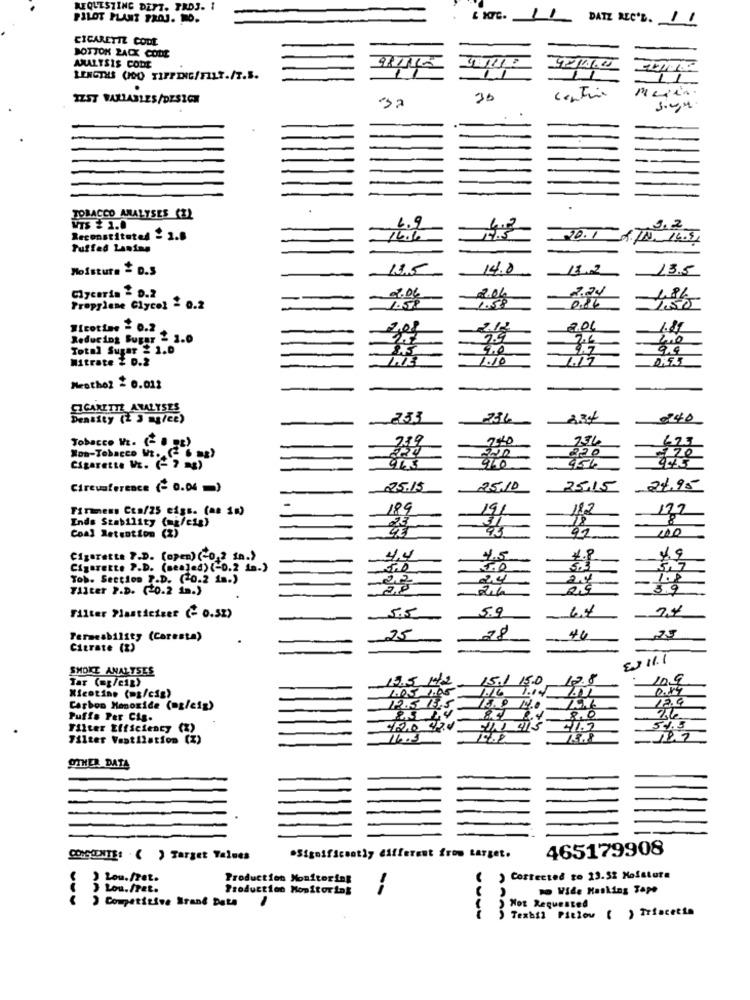
REQUESTING DEFT. PROJ. I
PILOT PLANT PROJ. mO.
I kors. 11
DATE REC'D. 11
CIGARETTE CODE
BOTTOK ZACX CODE
ANALYSIS CODE
98/1115
LENGTHS (OO TIPPING/FILT./T.S.
11
IZST VARIABLES/DESIGN
30
centre
TOBACCO ANALYSES (Z)
VIS $ 1.0
6.9
2.2
Reconstituted - 2.8
16.60
20.1
Puffed Laning
Moisture & D.S
14.0
18.2
Glycerin - D.2
2.06
2.24
L.&L
Propylene Glycol = 0.2
0.86
#icotime = 0.2
2.08
1.81
Reducing Sugar - 1.0
2.6
Total Sugar ≥ 1.0
9.4
Mitrate 2 0.2
1.10
Mesthe2 - 0.012
CIGARETTE ANALYSES
Density (2 3 mg/ce)
240
Tobacco W. (- 8 "E)
789
673
Non-Tobacco Mt. (26
Cigarette WE. (- 7 22)
945
45%
Circumference (- 0.04 =)
25.15
25,10
25.15
24.95
Tirimens Cta/25 cigs. (as 18)
189
182
177
Ends Stability (mgfeig)
8
Coal Retention (%)
95
200
92
Cigarette ?. D. (open) (-0,2 in.)
4.4
4.5
4.8
1.9
CigarEtte P.D. (sealed) (-0.2 1m.)
5.3
Tob. Section ?. D. (20.2 1m.)
24
1.2
Filter P.D. (0.2 1m.)
20
26
5.9
5.5
5.9
64
Filter Plasticiger (- 0.52)
Permeability (Caresta)
25
28
40
-25
Citrate (2)
EN 11.1
SMOKE ANALYSES
Tar (mg/cip)
19.5 M2
5.0
10,9
1.05 1.05
0.87
Nicotine (mg/cig)
Carbon Monoxide (mt/cig)
12.5 /3.5
Puffe Per Cis.
83
8,0
Filter Efficiency (X)
1.2.0 42.0
21.2
54.5
Filter Ventilation (%)
18.8
OTHER DATA
465179908
CONSIENTE: ( ) Target Values
*Significantly different from target.
Lou.fret.
Production Monitoring
) Costected to 13.52 Moisture
J Lou.fret.
Production Monitoring
--
no Vide Masking Tape
Competitive Brand Date
Not Requested
Texbil Piclow ( ) Triscette